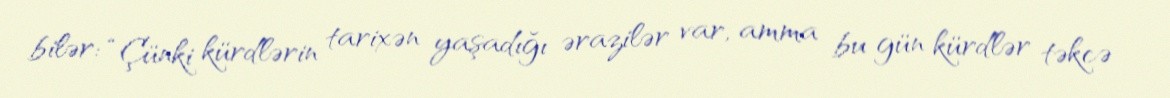
bilər: “Çünki kürdlərin tarixən yaşadığı ərazilər var, amma bu gün kürdlər təkcə